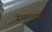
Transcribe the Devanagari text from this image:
रंगमंच्यावर